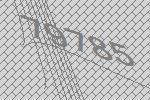
79785